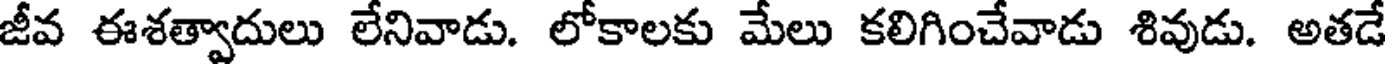
జీవ ఈశత్వాదులు లేనివాడు. లోకాలకు మేలు కలిగించేవాడు శివుడు. అతడే